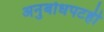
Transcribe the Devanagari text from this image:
अनुबोधपटही